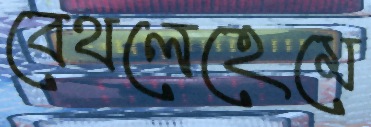
বেথলেহেমে